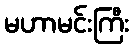
မဟာမင်းကြီး